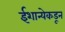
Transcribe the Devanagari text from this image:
ईशान्येकडून